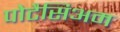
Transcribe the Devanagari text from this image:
पोटैसिअम